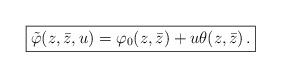
LaTeX: \begin{align*}\fbox{$\tilde{\varphi}(z,\bar{z},u)=\varphi_0(z,\bar{z})+u \theta(z,\bar{z})\,.$}\end{align*}